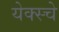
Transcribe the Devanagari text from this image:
येक्स्चे